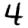
Digit: 4